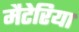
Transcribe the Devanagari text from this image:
मैटेरिया